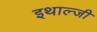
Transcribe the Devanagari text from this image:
इथाल्जी